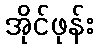
အိုင်ဖုန်း